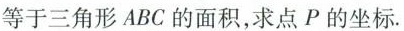
等于三角形ABC的面积，求点P的坐标。